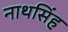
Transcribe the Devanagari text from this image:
नाथसिंह